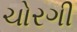
ચોરગી